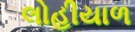
લોહીયાળ